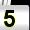
Digit: 5